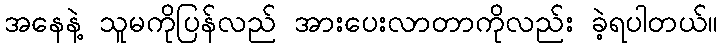
အနေနဲ့ သူမကိုပြန်လည် အားပေးလာတာကိုလည်း ခဲ့ရပါတယ်။